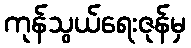
ကုန်သွယ်ရေးဇုန်မှ